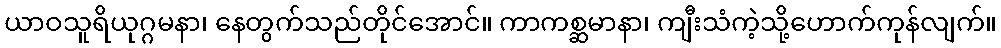
ယာဝသူရိယုဂ္ဂမနာ၊ နေတွက်သည်တိုင်အောင်။ ကာကစ္ဆမာနာ၊ ကျီးသံကဲ့သို့ဟောက်ကုန်လျက်။